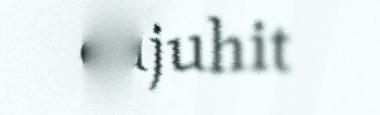
čujuhit